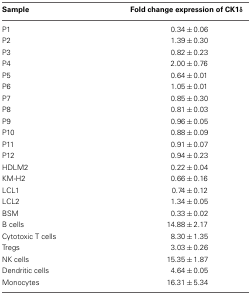
| Sample | Fold change expression of CK1δ |
 | --- | --- |
 | P1 | 0.34±0.06 |
 | P2 | 1.39±0.30 |
 | P3 | 0.82±0.23 |
 | P4 | 2.00±0.76 |
 | P5 | 0.64±0.01 |
 | P6 | 1.05±0.01 |
 | P7 | 0.85±0.30 |
 | P8 | 0.81±0.03 |
 | P9 | 0.96±0.05 |
 | P10 | 0.88±0.09 |
 | P11 | 0.91±0.07 |
 | P12 | 0.94±0.23 |
 | HDLM2 | 0.22±0.04 |
 | KM-H2 | 0.66±0.16 |
 | LCL1 | 0.74±0.12 |
 | LCL2 | 1.34±0.05 |
 | BSM | 0.33±0.02 |
 | B cells | 14.88±2.17 |
 | Cytotoxic T cells | 8.30±1.35 |
 | Tregs | 3.03±0.26 |
 | NK cells | 15.35±1.87 |
 | Dendritic cells | 4.64±0.05 |
 | Monocytes | 16.31±5.34 |